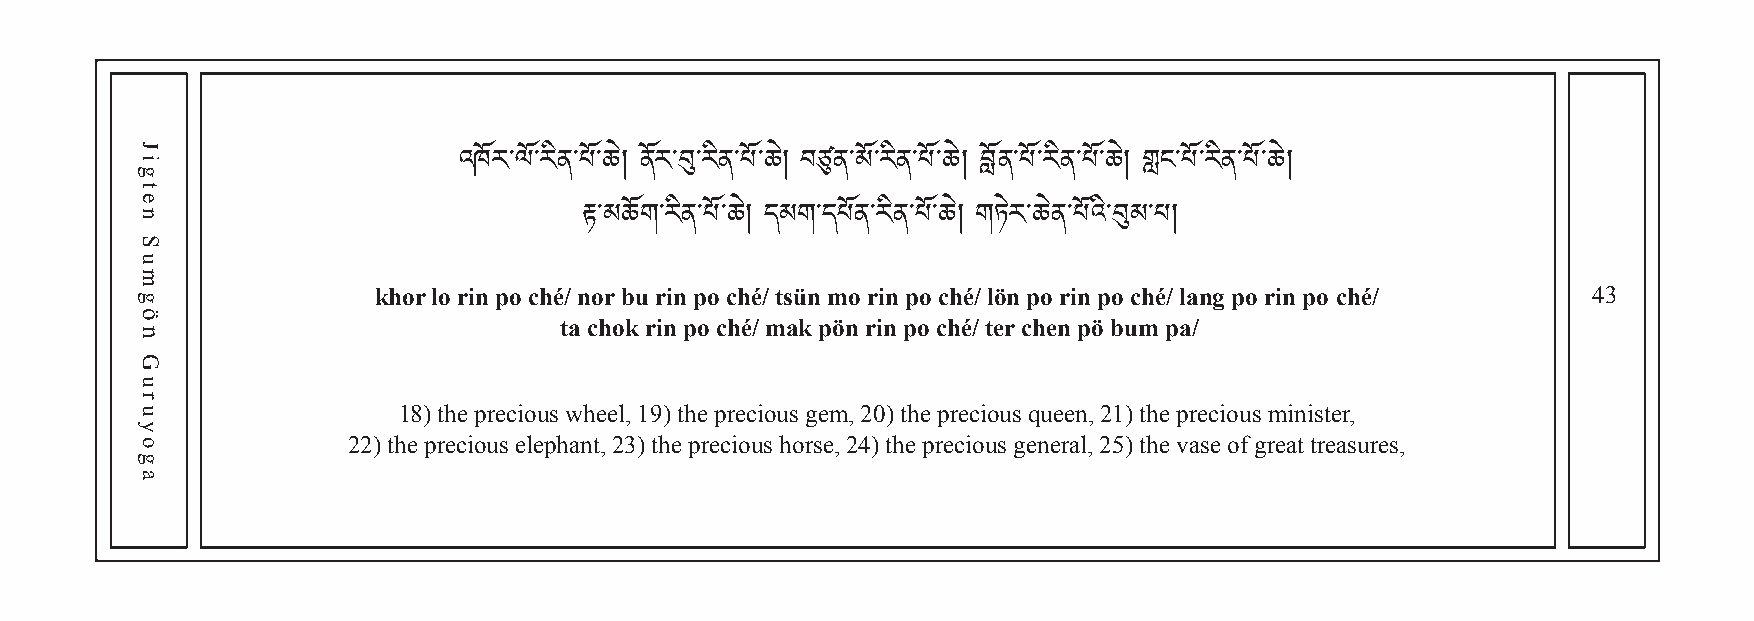
འཁོར་ལོ་རིན་པོ་ཆེ། ནོར་བུ་རིན་པོ་ཆེ། བཙུན་མོ་རིན་པོ་ཆེ། བློན་པོ་རིན་པོ་ཆེ། གླང་པོ་རིན་པོ་ཆེ།
 རྟ་མཆོག་རིན་པོ་ཆེ། དམག་དཔོན་རིན་པོ་ཆེ། གཏེར་ཆེན་པོའི་བུམ་པ།
 khor lo rin po ché/ nor bu rin po ché/ tsün mo rin po ché/ lön po rin po ché/ lang po rin po ché/ 43
 ta chok rin po ché/ mak pön rin po ché/ ter chen pö bum pa/
 18) the precious wheel, 19) the precious gem, 20) the precious queen, 21) the precious minister,
 22) the precious elephant, 23) the precious horse, 24) the precious general, 25) the vase of great treasures,
 Jigten
 Sumgön
 Guruyoga